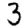
Digit: 3